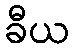
ခီယ